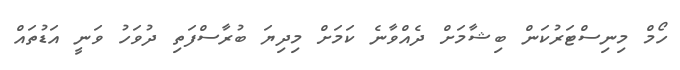
ހޯމް މިނިސްޓަރުކަން ބިޝާމަށް ދެއްވާނެ ކަމަށް މިދިޔަ ބުރާސްފަތި ދުވަހު ވަނީ އަޑުތައް